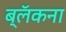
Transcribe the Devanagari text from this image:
ब्लॅकना